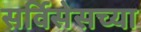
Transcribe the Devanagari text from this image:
सर्विसेसच्या